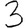
Digit: 3